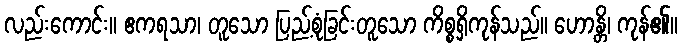
လည်းကောင်း။ ဧကရသာ၊ တူသော ပြည့်စုံခြင်းတူသော ကိစ္စရှိကုန်သည်။ ဟောန္တိ၊ ကုန်၏။